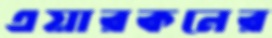
এয়ারকনের